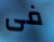
فى